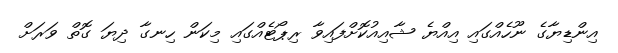
އިންޑިޔާގެ ނޫހެއްގައި އިއްޔެ ޝާއިއުކޮށްފައިވާ ރިޕޯޓެއްގައި މިކަން ހިނގާ ދިޔަ ގޮތް ވަރަށް